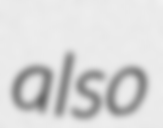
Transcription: also